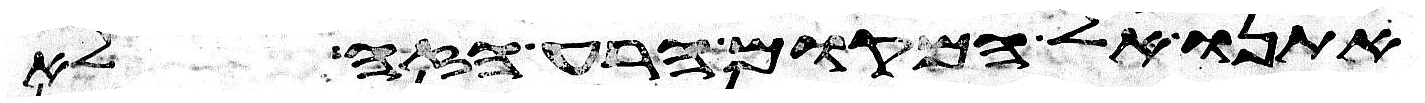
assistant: אתנו אל המקום הרע הזה לא